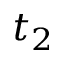
t _ { 2 }